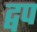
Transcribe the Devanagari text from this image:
द्वप